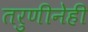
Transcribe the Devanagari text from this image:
तरुणीनेही